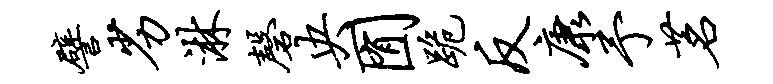
譬劣淋磬央囿跪反康予茗